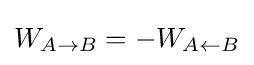
W_{A\rightarrow B}=-W_{A\leftarrow B}